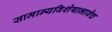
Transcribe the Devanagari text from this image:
सामान्यविशेषाभावेच